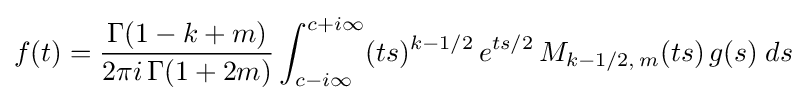
f(t)={\frac {\Gamma (1-k+m)}{2\pi i\,\Gamma (1+2m)}}\int _{c-i\infty }^{c+i\infty }(ts)^{k-1/2}\,e^{ts/2}\,M_{k-1/2,\,m}(ts)\,g(s)\;ds